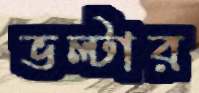
ভল্টার